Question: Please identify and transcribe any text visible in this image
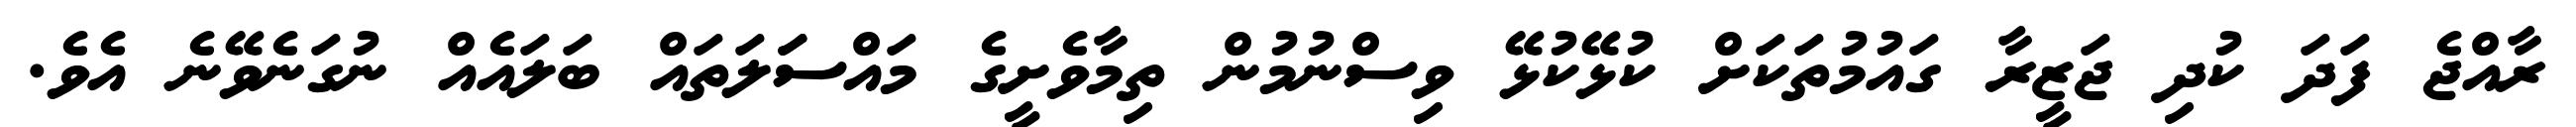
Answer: ރާއްޖެ ފަދަ ކުދި ޖަޒީރާ ގައުމުތަކަށް ކުޅޭކުޅޭ ވިސްނުމުން ތިމާވެށީގެ މައްސަަލަތައް ބަލައެއް ނުގަނެވޭނެ އެވެ.